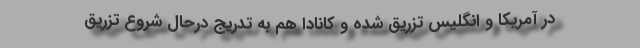
در آمریکا و انگلیس تزریق شده و کانادا هم به تدریج درحال شروع تزریق